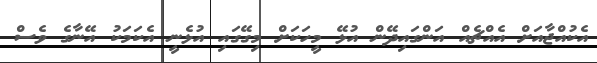
އެކުއްޖާއަށް އެއްޗެއް އަންގައިދޭން އުޅޭ މީހަކަށް މިގޭގައި އުޅެނީ އެކަމަކު އޭނާގެ ވެސް